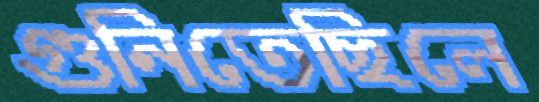
গুনিতেছিলে